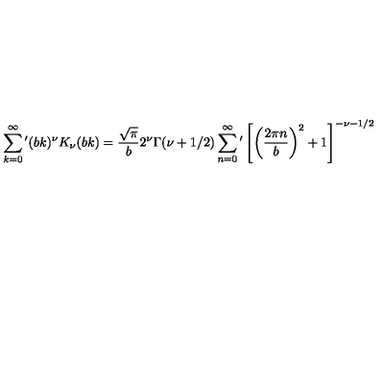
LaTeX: \sum _ { k = 0 } ^ { \infty } { ' } ( b k ) ^ { \nu } K _ { \nu } ( b k ) = \frac { \sqrt { \pi } } { b } 2 ^ { \nu } \Gamma ( \nu + 1 / 2 ) \sum _ { n = 0 } ^ { \infty } { ' } \left[ \left( \frac { 2 \pi n } { b } \right) ^ { 2 } + 1 \right] ^ { - \nu - 1 / 2 }